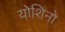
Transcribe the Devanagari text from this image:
योशिनो